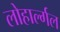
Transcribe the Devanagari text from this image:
लोहार्ल्गल